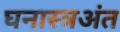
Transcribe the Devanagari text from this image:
घनास्त्रअंत